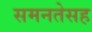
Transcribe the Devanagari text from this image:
समनतेसह